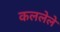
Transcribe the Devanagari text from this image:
कललेले